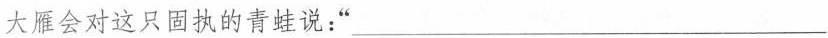
大雁会对这只固执的青蛙说：“___